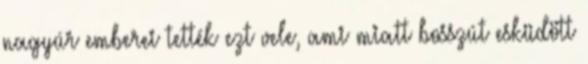
nagyúr emberei tették ezt vele, ami miatt bosszút esküdött